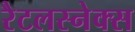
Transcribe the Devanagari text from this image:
रैटलस्नेक्स